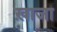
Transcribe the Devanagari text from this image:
ख़ाजा